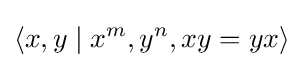
\langle x,y\mid x^{m},y^{n},xy=yx\rangle